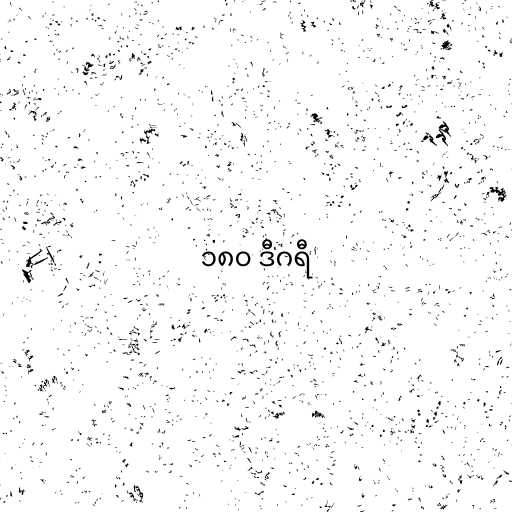
၁၈၀ ဒီဂရီ